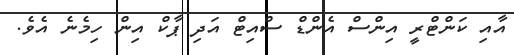
އާއި ކަންޓްރީ އިންސް އެންޑް ސްއިޓް އަދި ޕާކް އިން ހިމެނެ އެވެ.